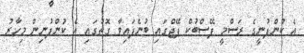
އެ ކުންފުނީގެ ރަސްމީ ފޭސްބުކް ޕޭޖްގައި ބުނެފައިވާ ގޮތުގައި އެ ކުންފުނިން މިހާރު